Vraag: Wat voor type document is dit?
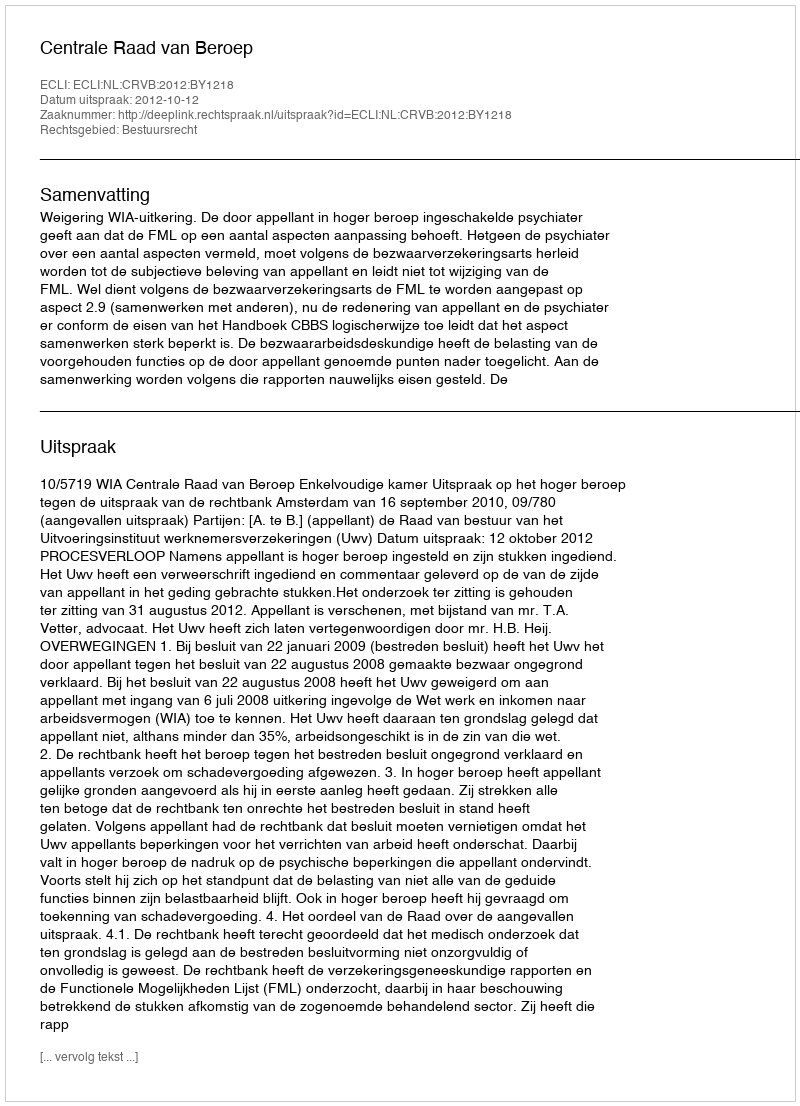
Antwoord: Uitspraak